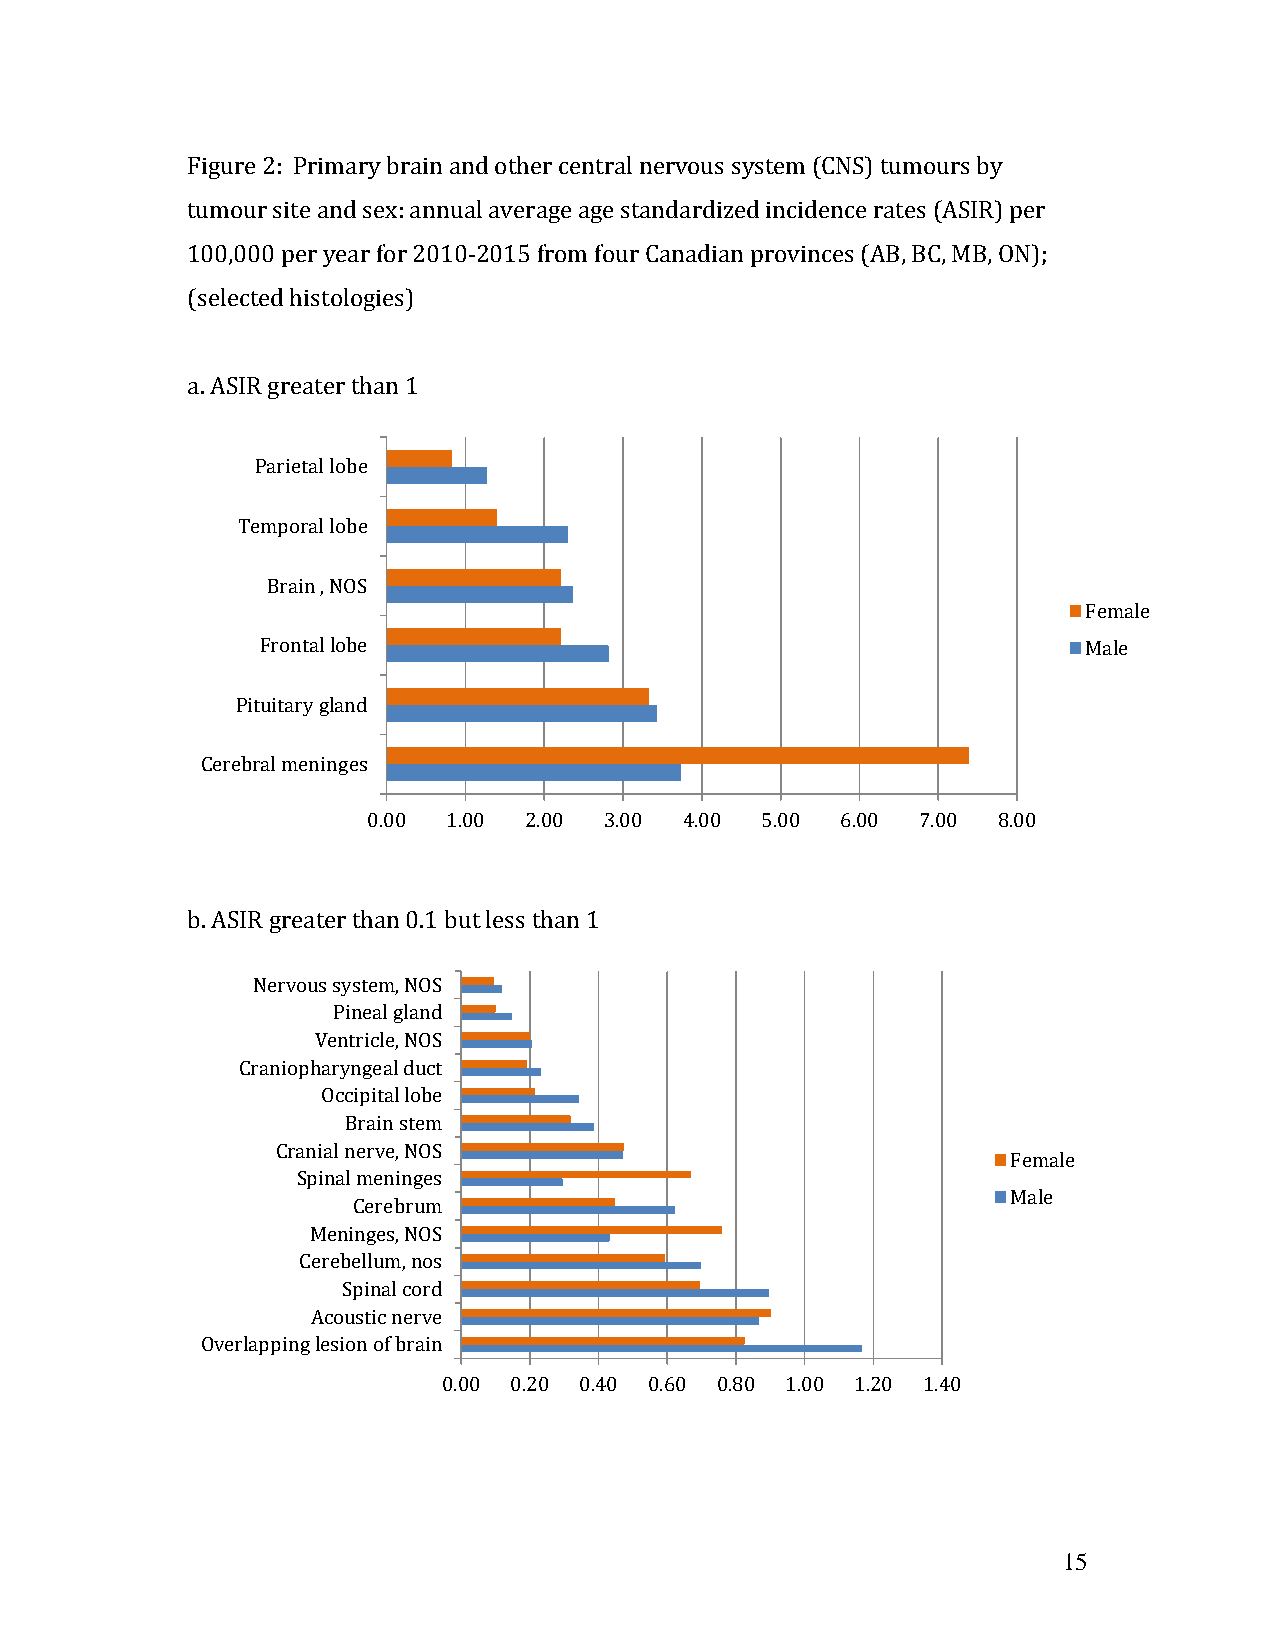
Figure 2: Primary brain and other central nervous system (CNS) tumours by
 tumour site and sex: annual average age standardized incidence rates (ASIR) per
 100,000 per year for 2010-2015 from four Canadian provinces (AB, BC, MB, ON);
 (selected histologies)
 a. ASIR greater than 1
 Parietal lobe
 Temporal lobe
 Brain , NOS
 Female
 Frontal lobe                                           Male
 Pituitary gland
 Cerebral meninges
 0.00  1.00 2.00 3.00 4.00 5.00  6.00 7.00 8.00
 b. ASIR greater than 0.1 but less than 1
 Nervous system, NOS
 Pineal gland
 Ventricle, NOS
 Craniopharyngeal duct
 Occipital lobe
 Brain stem
 Cranial nerve, NOS
 Female
 Spinal meninges
 Male
 Cerebrum
 Meninges, NOS
 Cerebellum, nos
 Spinal cord
 Acoustic nerve
 Overlapping lesion of brain
 0.00 0.20 0.40 0.60 0.80 1.00 1.20 1.40
 15